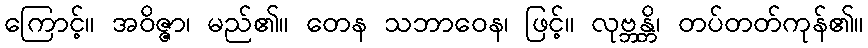
ကြောင့်။ အဝိဇ္ဇာ၊ မည်၏။ တေန သဘာဝေန၊ ဖြင့်။ လုဗ္ဘန္တိ၊ တပ်တတ်ကုန်၏။